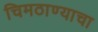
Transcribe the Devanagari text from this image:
चिमठाण्याचा